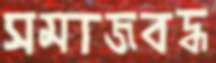
সমাজবদ্ধ